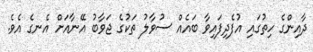
ދާއިންގެ ހިތުގައި އުފެދިފައިވާ ބައެއް ސުވާލު ތަކުގެ ޖަވާބު އޭނާއަށް އެނގެ އެވެ.